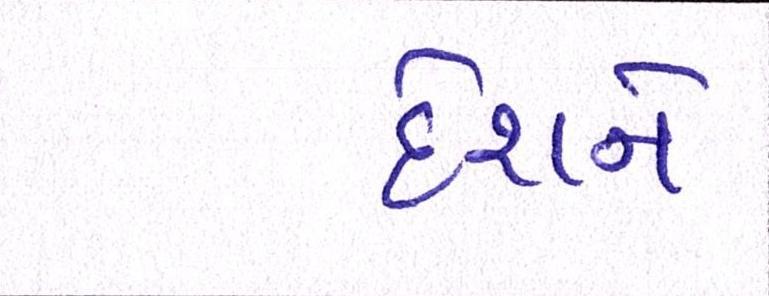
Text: દેશને